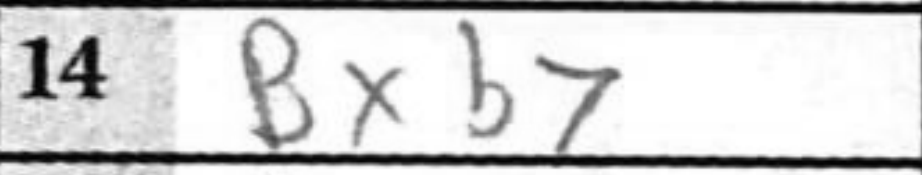
Transcription: Bxb7